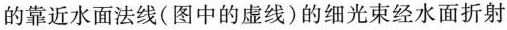
的靠近水面法线(图中的虚线)的细光束经水面折射